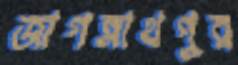
জাগন্নাথপুর